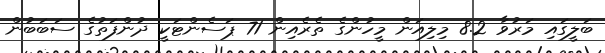
ބަލީގައި މަރުވާ 8.2 މިލިއަން މީހުންގެ ތެރެއިން 71 ޕަސެންޓަކީ ދުންފަތުގެ ސަބަބުން